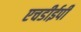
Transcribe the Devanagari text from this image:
एचडीईपी